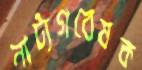
নাট্যগবেষক